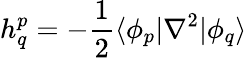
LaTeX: h_{q}^{p}=-\frac 12\langle\phi_{p}|\nabla^{2}|\phi_{q}\rangle